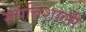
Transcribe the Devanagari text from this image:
संपत्तिशाली